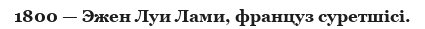
1800 — Эжен Луи Лами, француз суретшісі.